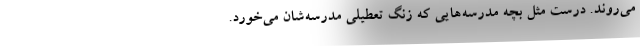
می‌روند. درست مثل بچه مدرسه‌هایی که زنگ تعطیلی مدرسه‌شان می‌خورد.